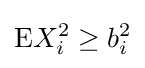
\mathrm {E} X_{i}^{2}\geq b_{i}^{2}